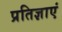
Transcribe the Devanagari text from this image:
प्रतिज्ञाएं